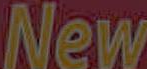
New